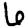
Digit: 6